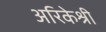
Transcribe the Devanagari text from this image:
अरिकेश्री